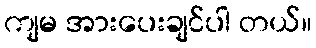
ကျမ အားပေးချင်ပါ တယ်။